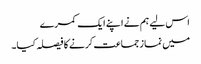
اس لیے ہم نے اپنے ایک کمرے
میں نماز جماعت کرنے کا فیصلہ کیا۔